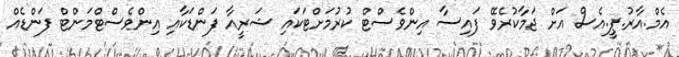
އެމް.އާރު.ޕީ.އެސް އަށް ޖަމާކުރެވޭ ފައިސާ އިންވެސްޓް ކުރުމަށްޓަކައި ޝަރީއާ ފަންޑަކާއި އިންވެސްޓްމަންޓް ފަންޑެއް